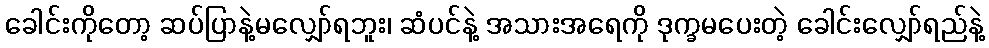
ခေါင်းကိုတော့ ဆပ်ပြာနဲ့မလျှော်ရဘူး၊ ဆံပင်နဲ့ အသားအရေကို ဒုက္ခမပေးတဲ့ ခေါင်းလျှော်ရည်နဲ့